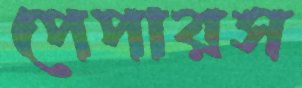
পেপারস